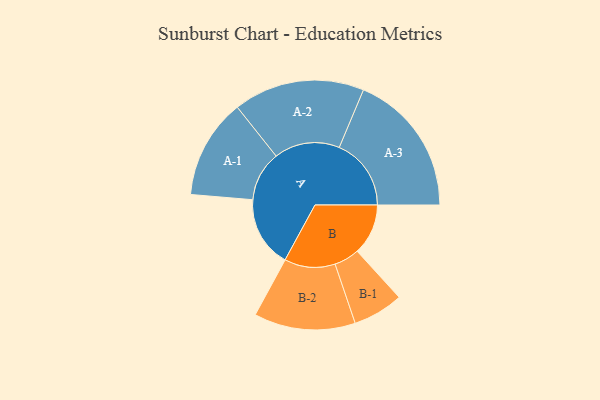
{"axis": {"x": "Segment", "y": "Value"}, "legend": ["", "A", "B"], "data": [{"x": "A", "y": 281, "type": ""}, {"x": "B", "y": 202, "type": ""}, {"x": "A-1", "y": 198, "type": "A"}, {"x": "A-2", "y": 260, "type": "A"}, {"x": "A-3", "y": 285, "type": "A"}, {"x": "B-1", "y": 100, "type": "B"}, {"x": "B-2", "y": 201, "type": "B"}]}